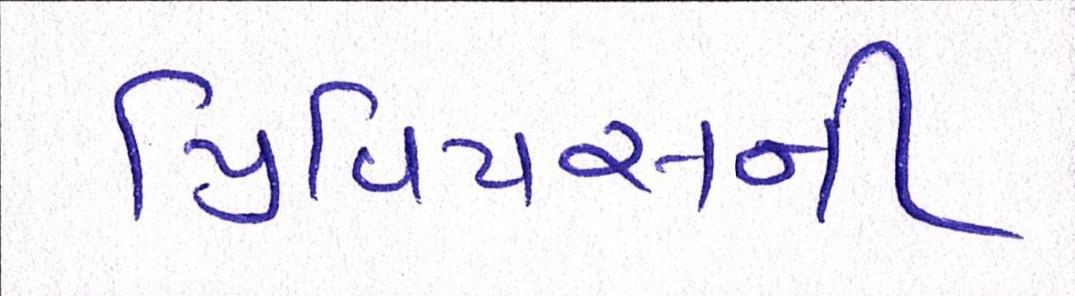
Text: પ્રિવિયસની